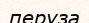
перуза